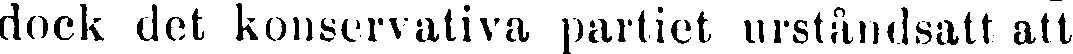
dock det konservativa partiet urståndsatt att